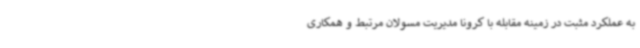
به عملکرد مثبت در زمینه مقابله با کرونا مدیریت مسولان مرتبط و همکاری